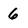
Character: 6